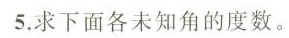
5.求下面各未知角的度数。